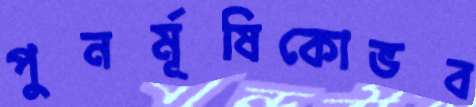
পুনর্মূষিকোভব